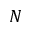
N